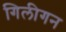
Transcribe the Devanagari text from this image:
गिलीगन